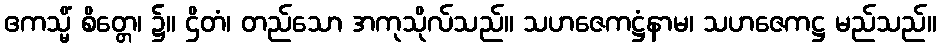
ဧကသ္မိံ စိတ္တေ၊ ၌။ ဌိတံ၊ တည်သော အကုသိုလ်သည်။ သဟဇေကဋ္ဌံနာမ၊ သဟဇေကဋ္ဌ မည်သည်။